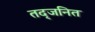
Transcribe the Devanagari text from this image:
तद्जनित